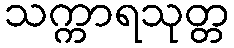
သက္ကာရသုတ္တ